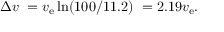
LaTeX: \Delta v \ = v _ { \mathrm { e } } \ln ( 1 0 0 / 1 1 . 2 ) \ = 2 . 1 9 v _ { \mathrm { e } } .